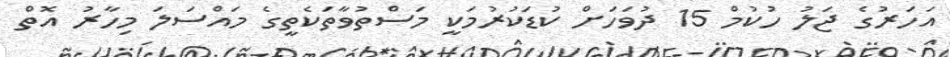
އަހަރުގެ ޖަލު ހުކުމް 15 ދުވަހަށް ކުޑަކުރުމަކީ މަސްތުވާތަކެތީގެ މައްސަލަ މިހާރު އޮތް